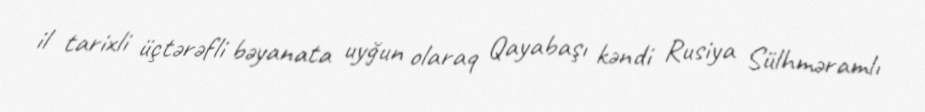
il tarixli üçtərəfli bəyanata uyğun olaraq Qayabaşı kəndi Rusiya Sülhməramlı